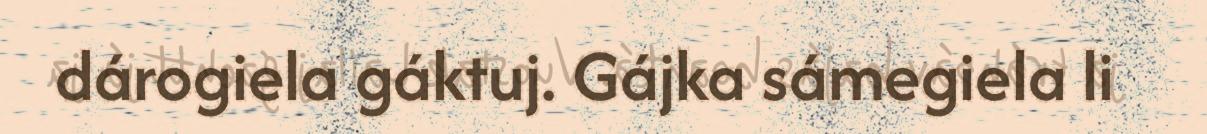
dárogiela gáktuj. Gájka sámegiela li